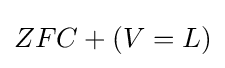
ZFC+(V=L)